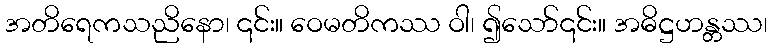
အတိရေကသညိနော၊ ၎င်း။ ဝေမတိကဿ ဝါ၊ ၍သော်၎င်း။ အဓိဋ္ဌဟန္တဿ၊